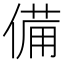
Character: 備